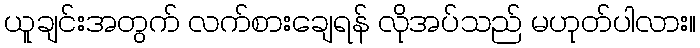
ယူချင်းအတွက် လက်စားချေရန် လိုအပ်သည် မဟုတ်ပါလား။